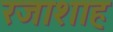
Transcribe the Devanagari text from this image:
रजाशाह